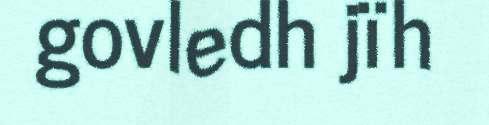
govledh jïh